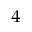
_ 4